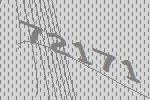
72171